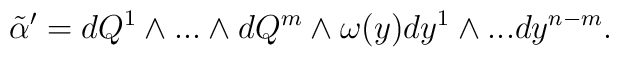
{\tilde\alpha}^{\prime}=dQ^1 \wedge ...   \wedge  dQ^m  \wedge \omega(y) dy^1\wedge ... dy^{n-m}.